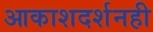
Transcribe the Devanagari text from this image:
आकाशदर्शनही